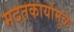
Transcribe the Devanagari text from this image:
मदतकार्यामुळे